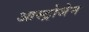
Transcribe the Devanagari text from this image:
आस्ट्रोजेन